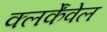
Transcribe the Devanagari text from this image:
क्लर्केंवेल